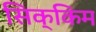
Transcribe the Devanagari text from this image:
सिक्‍िकम